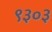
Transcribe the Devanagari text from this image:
९३०३